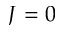
J = 0